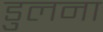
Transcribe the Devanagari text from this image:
डुलना